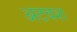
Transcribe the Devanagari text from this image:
अटवश